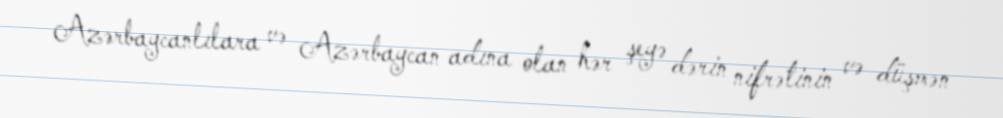
Azərbaycanlılara və Azərbaycan adına olan hər şeyə dərin nifrətinin və düşmən